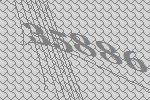
35886